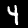
Digit: 4